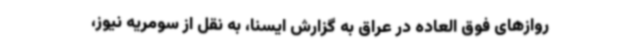
روازهای فوق العاده در عراق به گزارش ایسنا، به نقل از سومریه نیوز،